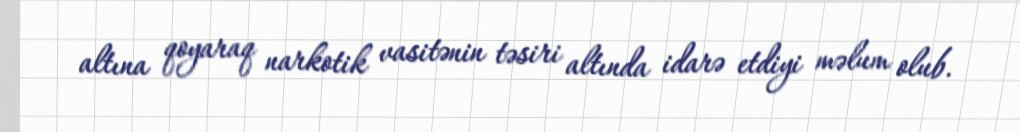
altına qoyaraq narkotik vasitənin təsiri altında idarə etdiyi məlum olub.